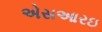
એસઆરઇ